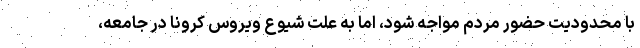
با محدودیت حضور مردم مواجه شود، اما به علت شیوع ویروس کرونا در جامعه،